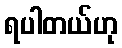
ရပါတယ်ဟု